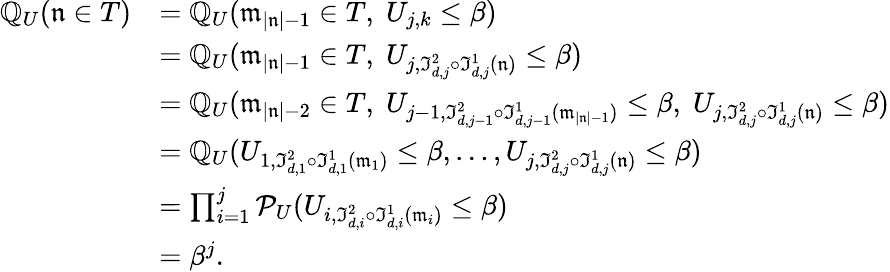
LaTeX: \begin{array}{rl}{\mathbb{Q}_{U}(\mathfrak n\in T)}&{=\mathbb{Q}_{U}(\mathfrak m_{|\mathfrak n|-1}\in T,\; U_{j,k}\le\beta)}\\ &{=\mathbb{Q}_{U}(\mathfrak m_{|\mathfrak n|-1}\in T,\; U_{j,\mathfrak I_{d,j}^{2}\circ\mathfrak I_{d,j}^{1}(\mathfrak n)}\le\beta)}\\ &{=\mathbb{Q}_{U}(\mathfrak m_{|\mathfrak n|-2}\in T,\; U_{j-1,\mathfrak I_{d,j-1}^{2}\circ\mathfrak I_{d,j-1}^{1}(\mathfrak m_{|\mathfrak n|-1})}\le\beta,\; U_{j,\mathfrak I_{d,j}^{2}\circ\mathfrak I_{d,j}^{1}(\mathfrak n)}\le\beta)}\\ &{=\mathbb{Q}_{U}(U_{1,\mathfrak I_{d,1}^{2}\circ\mathfrak I_{d,1}^{1}(\mathfrak m_{1})}\le\beta,\dots,U_{j,\mathfrak I_{d,j}^{2}\circ\mathfrak I_{d,j}^{1}(\mathfrak n)}\le\beta)}\\ &{=\prod_{i=1}^{j}\mathcal{P}_{U}(U_{i,\mathfrak I_{d,i}^{2}\circ\mathfrak I_{d,i}^{1}(\mathfrak m_{i})}\le\beta)}\\ &{=\beta^{j}.}\end{array}